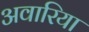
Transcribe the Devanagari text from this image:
अवारिया